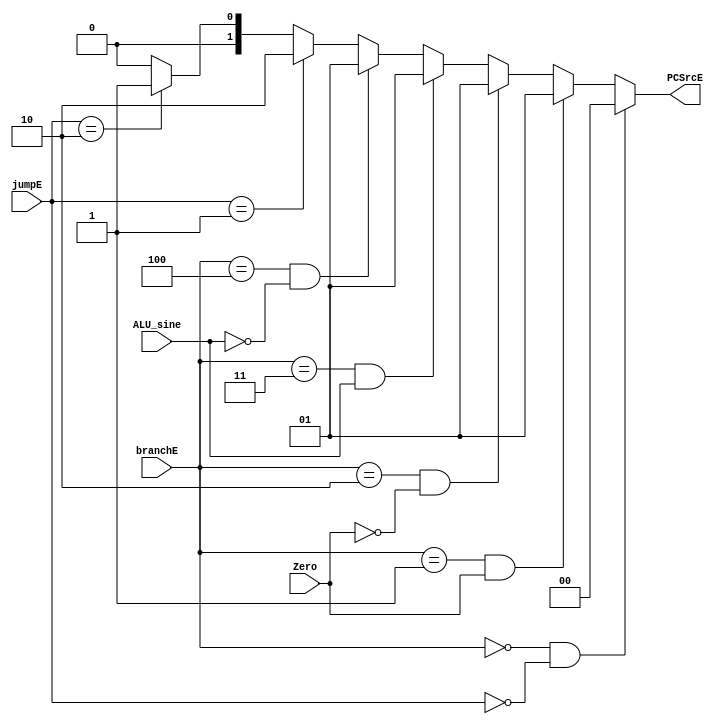
module branch_jump_decider (
    input Zero, ALU_sine,
    input [1:0] jumpE,
    input [2:0] branchE,
    output reg [1:0] PCSrcE
);
    always @(Zero,ALU_sine,jumpE,branchE) begin
        if(branchE == 3'b000 && jumpE == 2'b00) PCSrcE = 2'b00;
        else if(branchE == 3'b001 && Zero) PCSrcE = 2'b01;
        else if(branchE == 3'b010 && ~Zero) PCSrcE = 2'b01;
        else if(branchE == 3'b011 && ALU_sine) PCSrcE = 2'b01;
        else if(branchE == 3'b100 && ~ALU_sine) PCSrcE = 2'b01;
        else if(jumpE == 2'b01) PCSrcE = 2'b10;
        else if(jumpE == 2'b10) PCSrcE = 2'b01;
        else PCSrcE = 2'b00;
    end
    
endmodule